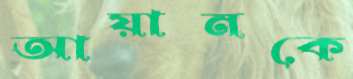
আয়ানকে